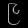
Digit: ၉